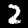
Digit: 2